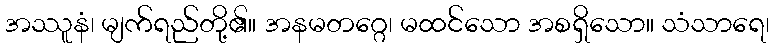
အဿူနံ၊ မျက်ရည်တို့၏။ အနမတဂ္ဂေ၊ မထင်သော အစရှိသော။ သံသာရေ၊